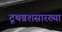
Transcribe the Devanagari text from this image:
टूथब्रशसारख्या